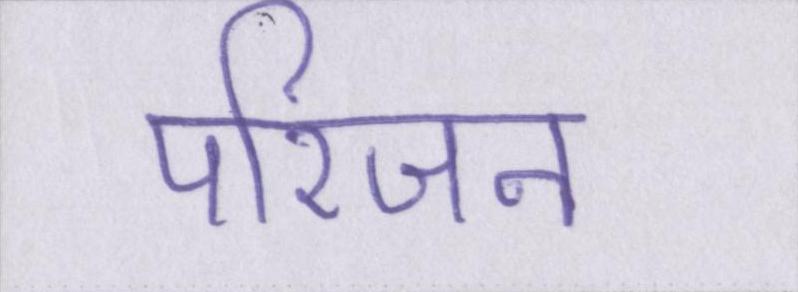
परिजन